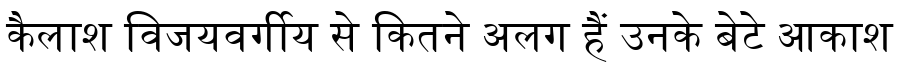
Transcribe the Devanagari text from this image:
कैलाश विजयवर्गीय से कितने अलग हैं उनके बेटे आकाश